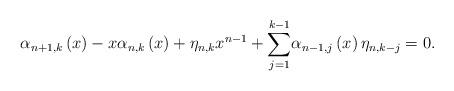
LaTeX: \begin{align*}\alpha_{n+1,k}\left( x\right) -x\alpha_{n,k}\left( x\right) +\eta_{n,k}x^{n-1}+{\displaystyle\sum\limits_{j=1}^{k-1}}\alpha_{n-1,j}\left( x\right) \eta_{n,k-j}=0. \end{align*}